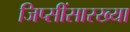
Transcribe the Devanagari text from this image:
जिप्सींसारख्या